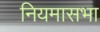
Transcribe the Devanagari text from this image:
नियमासभा